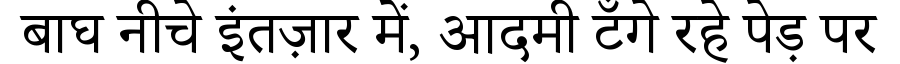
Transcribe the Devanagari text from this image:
बाघ नीचे इंतज़ार में, आदमी टँगे रहे पेड़ पर